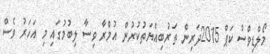
މޯލްޑިވްސް ކަޕް 2015ދަރިން ތަރުބިއްޔަތުކުރުން އުމްރާ ވިސާ ލިބުމުގައި މި އަހަރު ވެސް